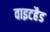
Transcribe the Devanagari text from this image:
वाइटहैड